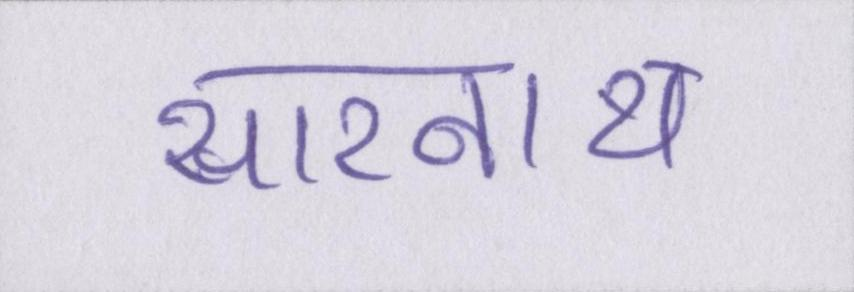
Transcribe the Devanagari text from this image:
सारनाथ